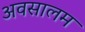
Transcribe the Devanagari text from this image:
अवसालम